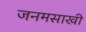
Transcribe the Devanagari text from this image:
जनमसाखी